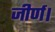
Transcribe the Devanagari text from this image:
जीर्ण।